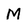
Character: M